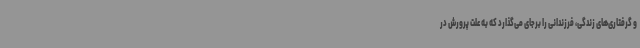
و گرفتاری‌های زندگی، فرزندانی را برجای می‌گذارد که به علت پرورش در